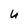
Character: U